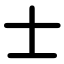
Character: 士